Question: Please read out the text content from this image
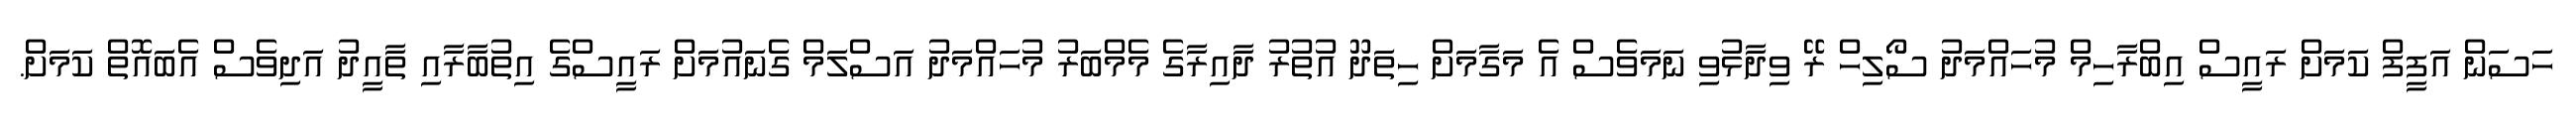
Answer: ހަސަން އަފީފް ކަމަށް ރައީސް އިބްރާހިމް މުހައްމަދު ސޯލިހް ރޭ ވިދާޅުވި ނަމަވެސް އެ މަގާމަށް ހިތަދޫ އުތުރު ދާއިރާގެ މެމްބަރު މުހައްމަދު އަސްލަމް ގެނައުމަށް ރައީސްގެ އިތުބާރާއި ތާއީދު އަދިވެސް އެބައޮތް ކަމަށް.